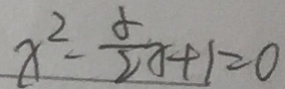
x ^ { 2 } - \frac { x } { 2 } x + 1 = 0